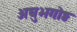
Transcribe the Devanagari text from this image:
अघुभगोष्ठ